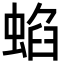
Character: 蜭